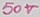
Text: 50V